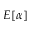
E [ \alpha ]